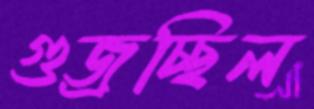
গুজ্‌রচ্ছিল